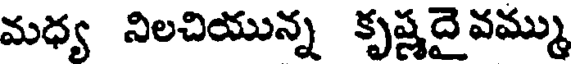
మధ్య నిలచియున్న కృష్ణదైవమ్ము